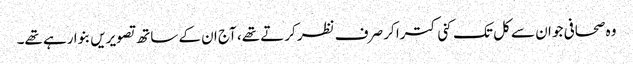
وہ صحافی جو ان سے کل تک کنی کترا کر صرف نظر کرتے تھے، آج ان کے ساتھ تصویریں بنوا رہے تھے۔